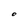
Character: O